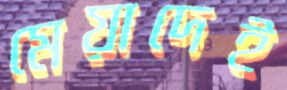
মেয়াদেই